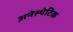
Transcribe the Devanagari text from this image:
अनेस्थेटिक